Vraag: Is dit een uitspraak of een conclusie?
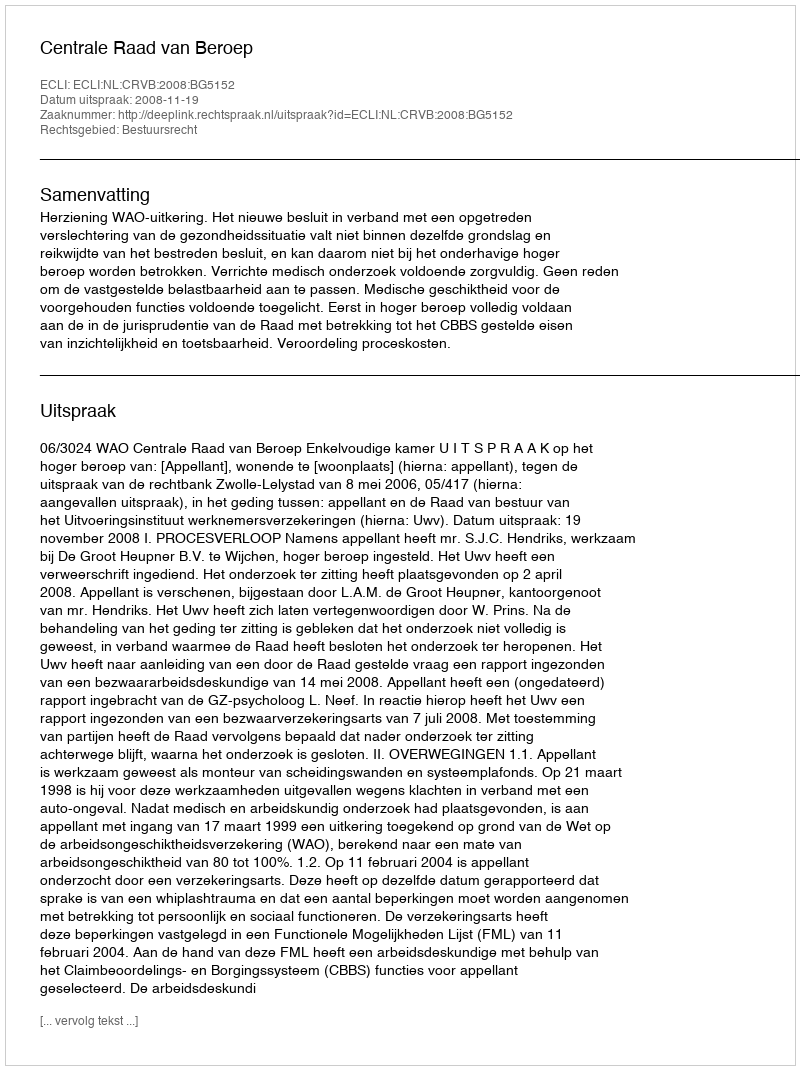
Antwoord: Uitspraak